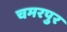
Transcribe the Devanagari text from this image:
चमरपुर